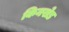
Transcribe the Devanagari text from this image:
किनखेड